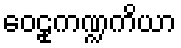
ဝေဠုကဏ္ဍကိယာ